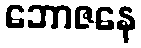
ဘောဇနေ